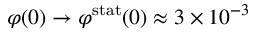
\varphi ( 0 ) \rightarrow \varphi ^ { \mathrm { s t a t } } ( 0 ) \approx 3 \times 1 0 ^ { - 3 }